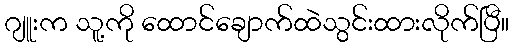
ဂျူးက သူ့ကို ထောင်ချောက်ထဲသွင်းထားလိုက်ပြီ။